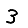
Digit: 3